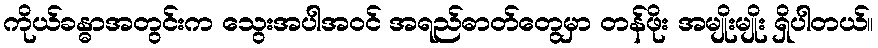
ကိုယ်ခန္ဓာအတွင်းက သွေးအပါအဝင် အရည်ဓာတ်တွေမှာ တန်ဖိုး အမျိုးမျိုး ရှိပါတယ်။